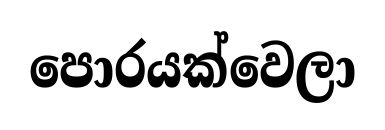
පොරයක්වෙලා